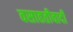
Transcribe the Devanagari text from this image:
वसाहतीवादी